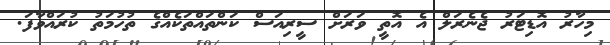
މިހާރު އޮޑިޓަރު ޖެނެރަލް އެ އޮތީ ވަރަށް ސީރިއަސް ކަންތައްތަކެއްގެ ތުހުމަތު ކުރައްވާފަ.